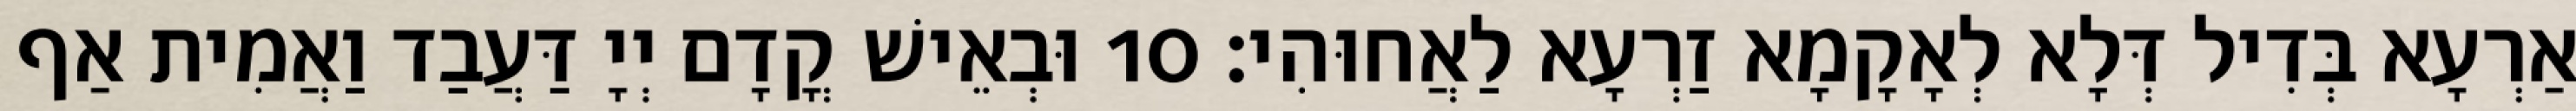
אַרְעָא בְּדִיל דְּלָא לְאָקָמָא זַרְעָא לַאֲחוּהִי׃ 10 וּבְאֵישׁ קֳדָם יְיָ דַּעֲבַד וַאֲמִית אַף